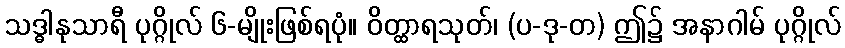
သဒ္ဓါနုသာရီ ပုဂ္ဂိုလ် ၆-မျိုးဖြစ်ရပုံ။ ဝိတ္ထာရသုတ်၊ (ပ-ဒု-တ) ဤ၌ အနာဂါမ် ပုဂ္ဂိုလ်